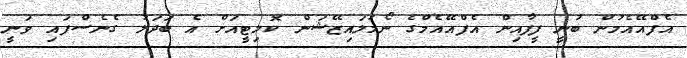
އެފްއޭއެމުން ބުނީ ފީފާއިން އެފްއޭއެމްގެ ނޯމަލައިޒޭޝަން ކޮމިޓީއަށް އެ ބަދަލު ގެނެސްފައި ވަނީ